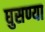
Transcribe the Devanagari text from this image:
घुसण्या